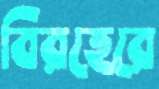
বিরহেরে